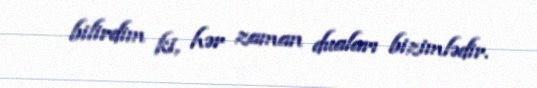
bilirdim ki, hər zaman duaları bizimlədir.